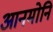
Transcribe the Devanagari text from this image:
आनमोनि